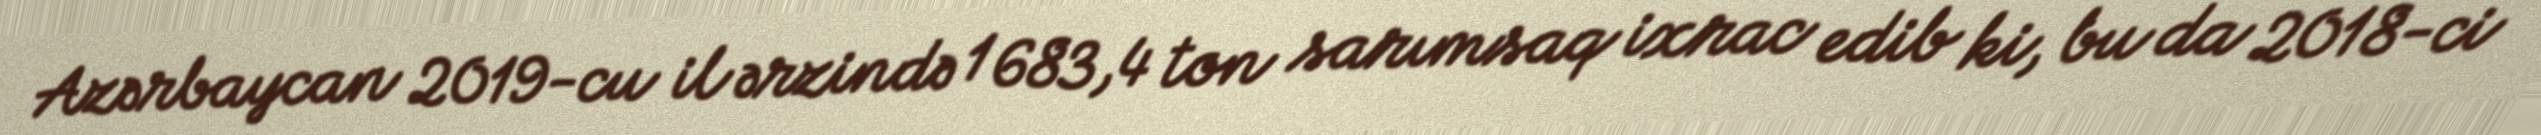
Azərbaycan 2019-cu il ərzində 1 683,4 ton sarımsaq ixrac edib ki, bu da 2018-ci